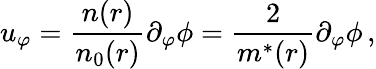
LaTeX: u_{\varphi}=\frac{n(r)}{n_{0}(r)}\partial_{\varphi}\phi=\frac 2{m^{*}(r)}\partial_{\varphi}\phi\, ,